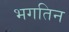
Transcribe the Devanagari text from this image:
भगतिन